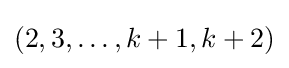
(2,3,\ldots ,k+1,k+2)